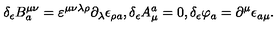
\delta _ { \epsilon } B _ { a } ^ { \mu \nu } = \varepsilon ^ { \mu \nu \lambda \rho } \partial _ { \lambda } \epsilon _ { \rho a } , \delta _ { \epsilon } A _ { \mu } ^ { a } = 0 , \delta _ { \epsilon } \varphi _ { a } = \partial ^ { \mu } \epsilon _ { a \mu } .